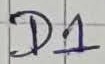
Text: D1